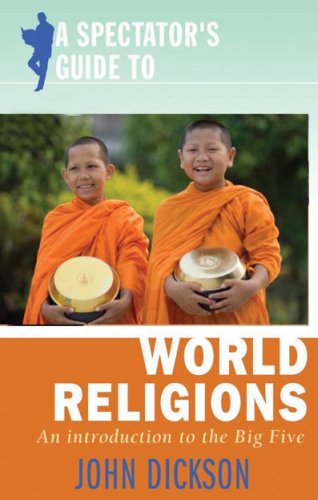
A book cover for Spectator's Guide to World Religions, A: An Introduction to the Big Five; John Dickson; Christian Books & Bibles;